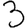
Digit: 3